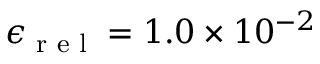
\epsilon _ { \textup { r e l } } = 1 . 0 \times 1 0 ^ { - 2 }